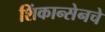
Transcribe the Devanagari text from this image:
शिंकान्सेनचे